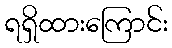
ရရှိထားကြောင်း